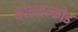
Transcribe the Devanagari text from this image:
कोल्लन्कोड